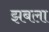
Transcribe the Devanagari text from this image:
झबला